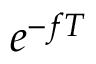
e ^ { - f T }